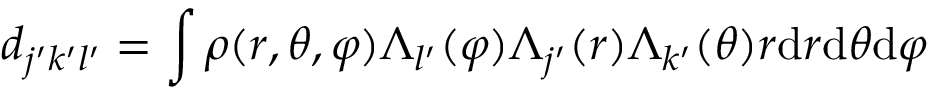
d _ { j ^ { \prime } k ^ { \prime } l ^ { \prime } } = \int \rho ( r , \theta , \varphi ) \Lambda _ { l ^ { \prime } } ( \varphi ) \Lambda _ { j ^ { \prime } } ( r ) \Lambda _ { k ^ { \prime } } ( \theta ) r \mathrm { d } r \mathrm { d } \theta \mathrm { d } \varphi